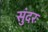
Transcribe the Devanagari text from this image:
सुंदरः